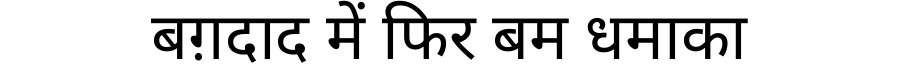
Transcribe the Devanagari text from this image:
बग़दाद में फिर बम धमाका